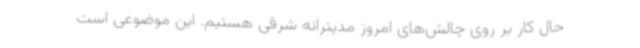
حال کار بر روی چالش‌های امروز مدیترانه شرقی هستیم. این موضوعی است